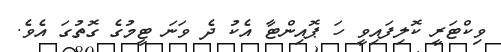
ވިކްޓަރީ ކޮލިފައިވީ ހަ ޕޮއިންޓާ އެކު ދެ ވަނަ ޓީމުގެ ގޮތުގަ އެވެ.